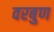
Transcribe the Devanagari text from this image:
वरबुण